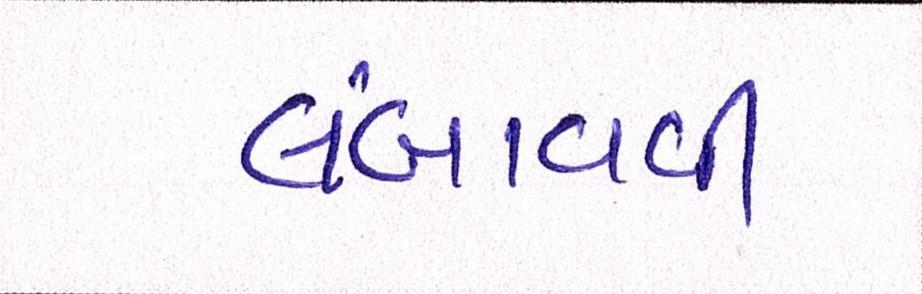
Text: લંબાવવી